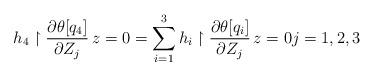
LaTeX: \begin{align*}h_4 \restriction{\frac{\partial \theta [q_4]}{\partial Z_j}}{\, z=0} = \sum_{i=1}^3h_i \restriction{\frac{\partial \theta [q_i]}{\partial Z_j}}{\, z=0} j = 1,2,3\end{align*}